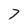
Character: 7